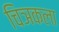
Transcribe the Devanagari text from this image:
चिञकला